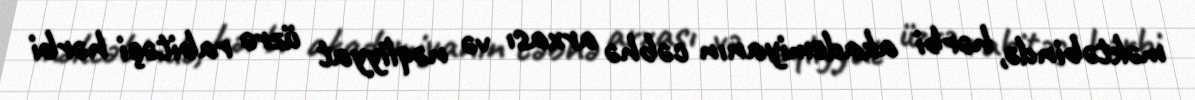
məktəbində, hərbi akademiyanın cəbhə arxası və nəqliyyat üzrə rabitəçi hərbi